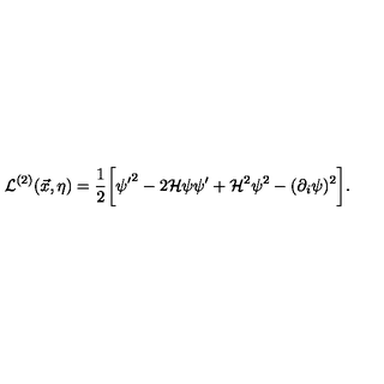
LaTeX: { \cal L } ^ { ( 2 ) } ( \vec { x } , \eta ) = \frac { 1 } { 2 } \biggl [ { \psi ^ { \prime } } ^ { 2 } - 2 { \cal H } \psi \psi ^ { \prime } + { \cal H } ^ { 2 } \psi ^ { 2 } - ( \partial _ { i } \psi ) ^ { 2 } \biggr ] .